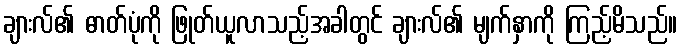
ချားလ်၏ ဓာတ်ပုံကို ဖြုတ်ယူလာသည့်အခါတွင် ချားလ်၏ မျက်နှာကို ကြည့်မိသည်။